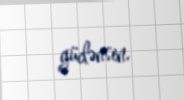
güclənsin.